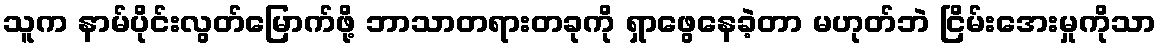
သူက နာမ်ပိုင်းလွတ်မြောက်ဖို့ ဘာသာတရားတခုကို ရှာဖွေနေခဲ့တာ မဟုတ်ဘဲ ငြိမ်းအေးမှုကိုသာ